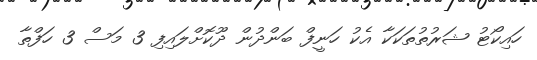
ހައިކޯޓު ޝަރުތުތަކަކާ އެކު ހަނީފް ބަންދުން ދޫކޮށްލައިފި 3 މަސް 3 ހަފްތާ